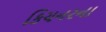
કિચનરના